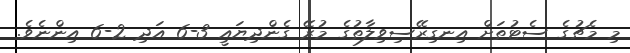
މި މެޗުގެ ސެޓުތަށް އިނގިރޭސިވިލާތުގެ މުރޭ ގެންދިޔައީ 3-6 އަދި 2-6 އިންނެވެ.